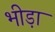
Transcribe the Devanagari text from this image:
भीड़ा